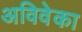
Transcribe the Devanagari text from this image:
अविवेका